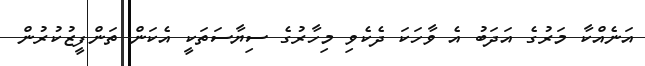
އަނެއްކާ މަރުގެ އަދަބު އެ ވާހަކަ ދެކެވި މިހާރުގެ ސިޔާސަތަކީ އެކަން ތަންފީޒުކުރުން